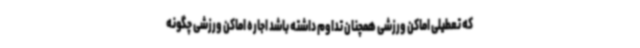
که تعطیلی اماکن ورزشی همچنان تداوم داشته باشد اجاره اماکن ورزشی چگونه